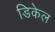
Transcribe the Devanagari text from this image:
डिकेल